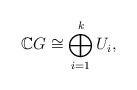
LaTeX: \begin{align*}\mathbb{C}G \cong \bigoplus_{i=1}^k U_i,\end{align*}